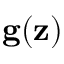
\mathbf { g } ( \mathbf { z } )